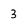
Character: 3